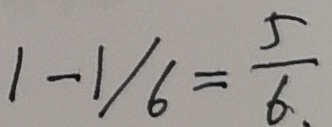
1 - 1 / 6 = \frac { 5 } { 6 }